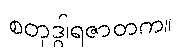
စတုဒွါရဇာတက။